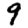
Digit: 9